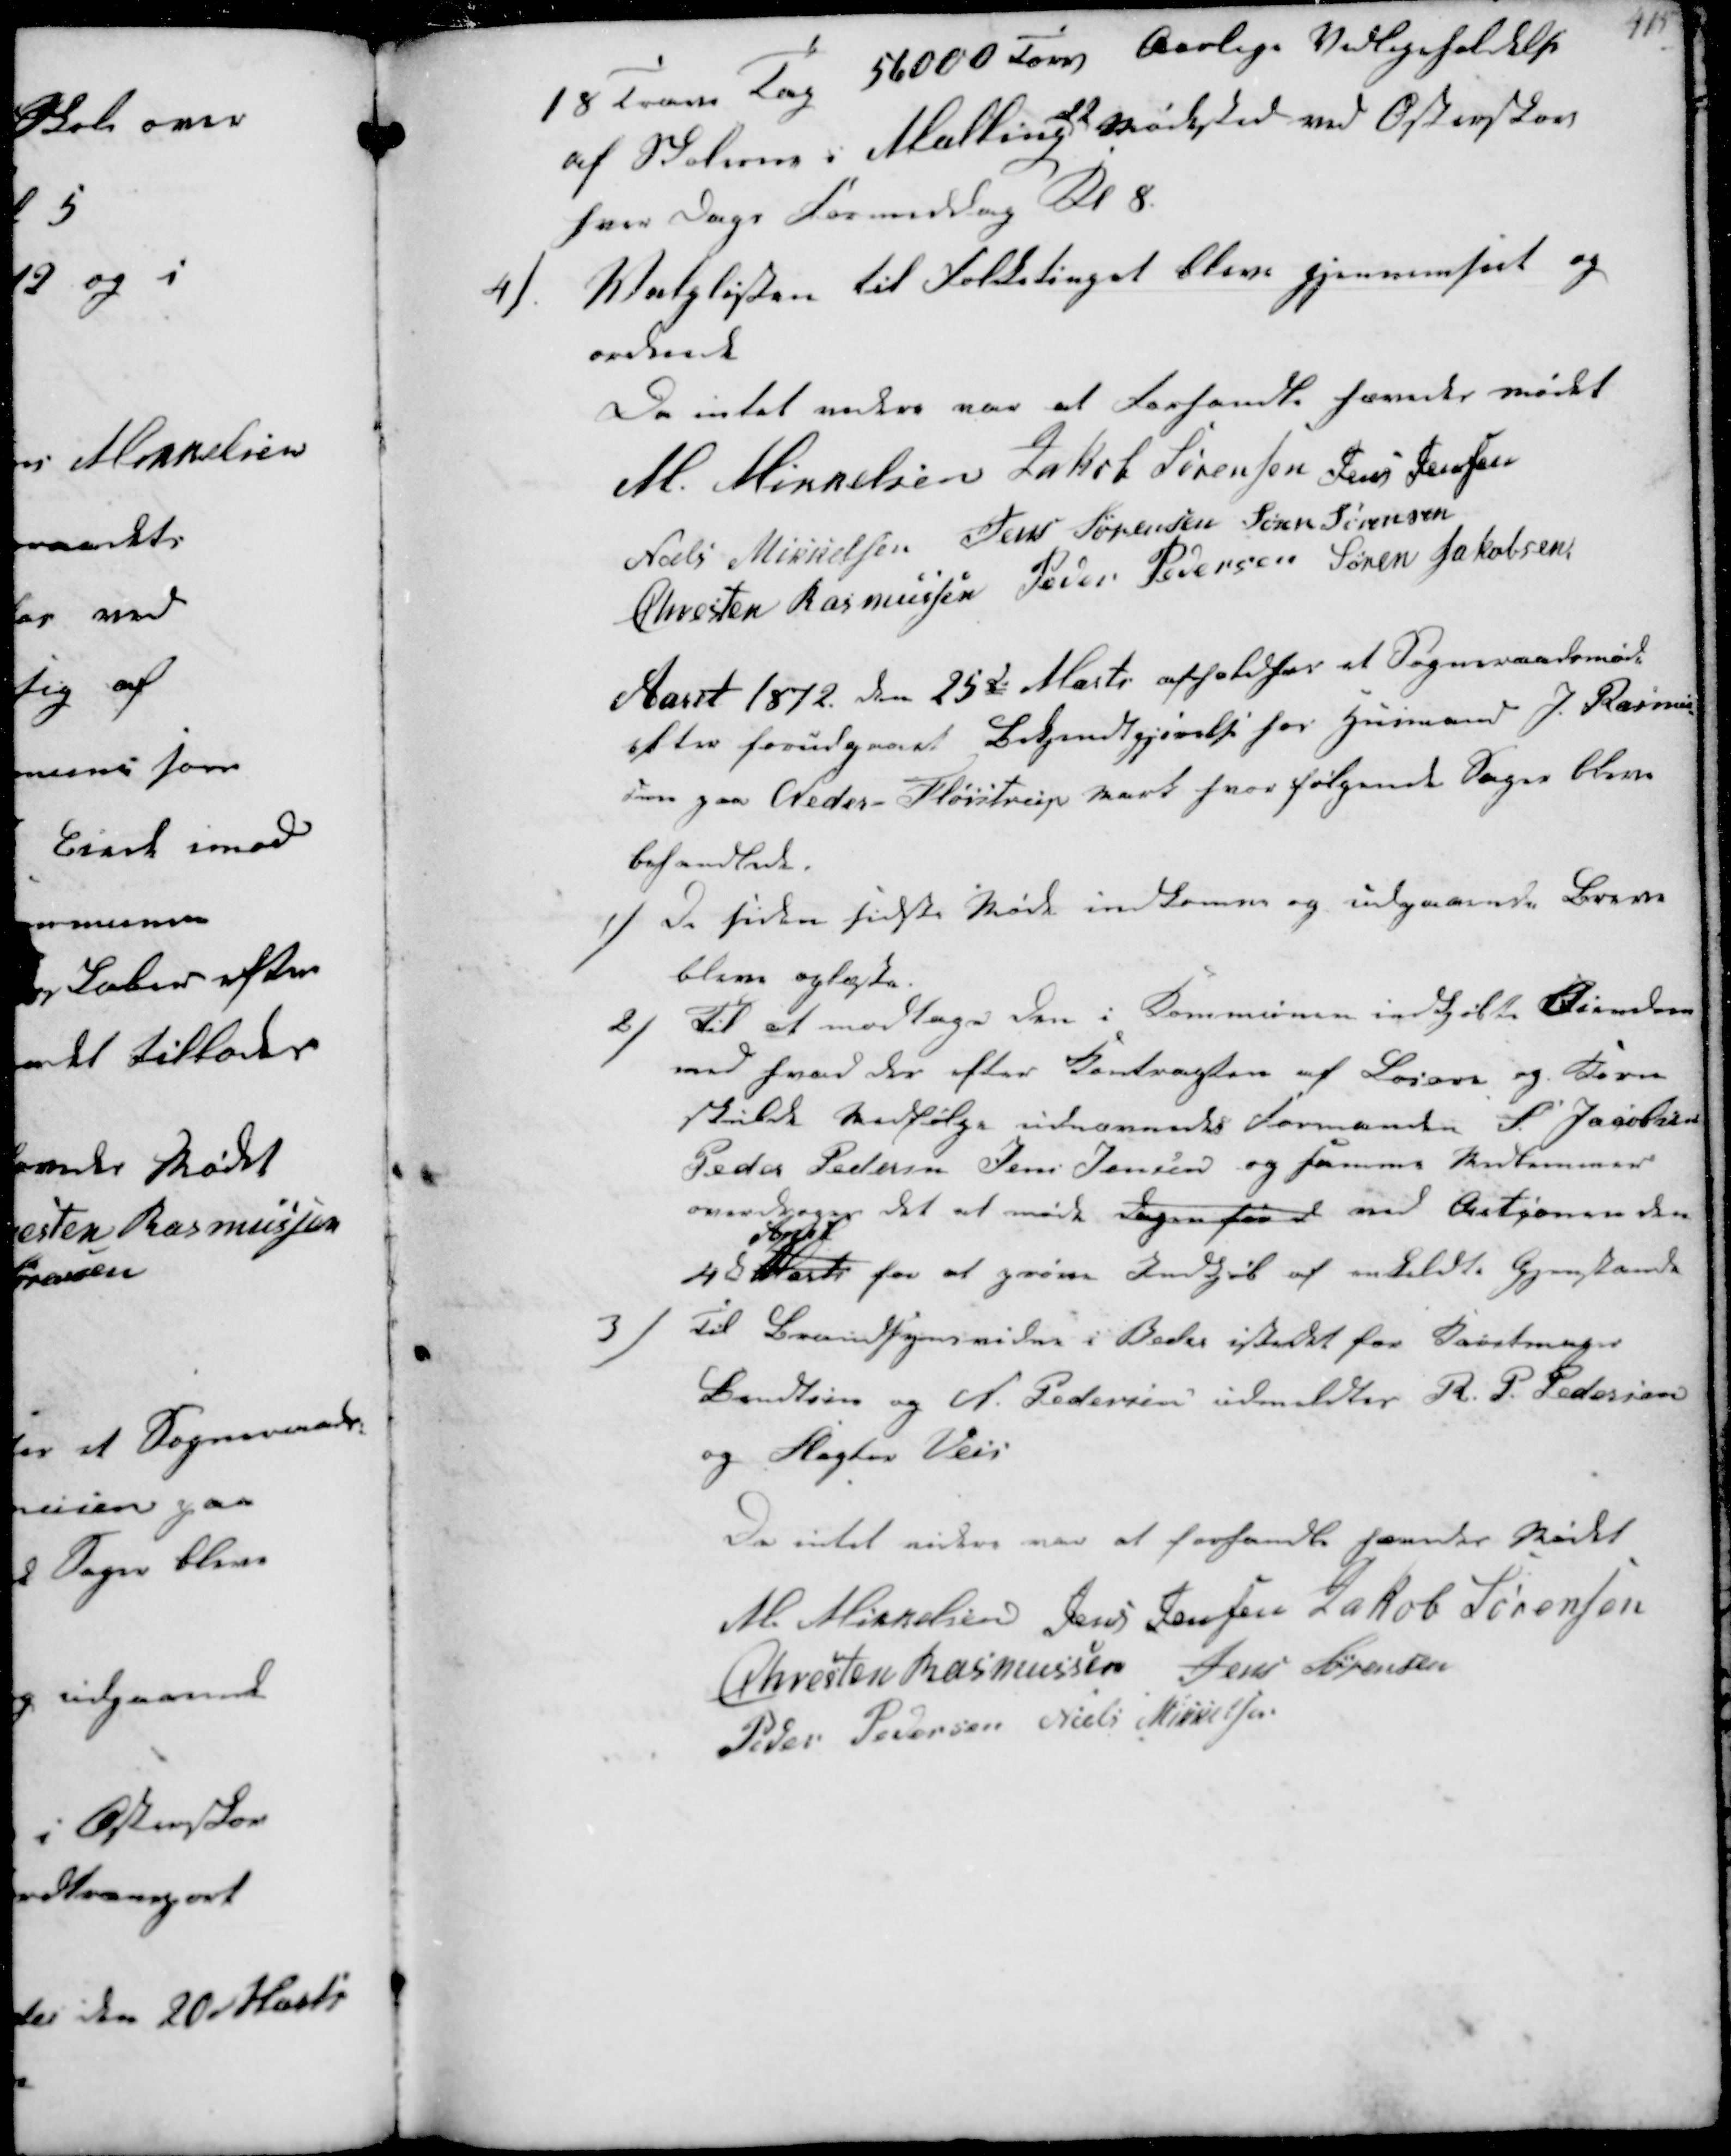
Transskription:
18 Tons Tag 56000 Tons Aarlige Vedligeholdelse
af Skolerne i Malling
22
Mødested ved Østerskov
hver Dags Formiddag Kl8.

4/
Valglisten til Folketinget bleve gjennemseet og
ordnet
Da intet videre var at Forhandle hævedes mødet
M. Mikkelsen Jakob Sørensen Jens Jensen
Niels Mikkelsen Jens Sørensen Søren Sørensen
Chresten Rasmussen Peder Pedersen Søren Jakobsen
Aaret 1872 den 25de Marts afholdtes et Sogneraadsmøde
efter forudgaaet Bekjendtgjørelse hos Husmand J. Rasmus-
sen paa Neder-Fløistrup Mark hvor følgende Sager bleve
behandlede.

1/
de siden sidste Møde indkomne og udgaaende Breve
bleve oplæste.

2/
Til at modtage den i Communen indkjøbte Eiendom
med hvad der efter Kontragten af Leiere og Korn
skulde Vedfølge udnævnedes Formanden P Jacobsen
Peder Pedersen Jens Jensen og samme Medlemmer
overdrages det at møde Dagen før ved Autuionen den
4d
April
Marts for at gøre Indkjøb af enkelte Gjenstande

3/ Til Brandsynsvidne i Beder istedet for Karetmager
Bendtsen og N. Pedersen udmeldtes R. P. Pedersen
og Slagter Veis
Da intet videre var at forhandle hævedes Mødet
M. Mikkelsen Jens Jensen Jakob Sørensen
Chresten Rasmussen Jens Sørensen
Peder Pedersen Niels Mikkelsen